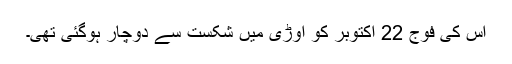
اس کی فوج 22 اکتوبر کو اوڑی میں شکست سے دوچار ہوگئی تھی۔